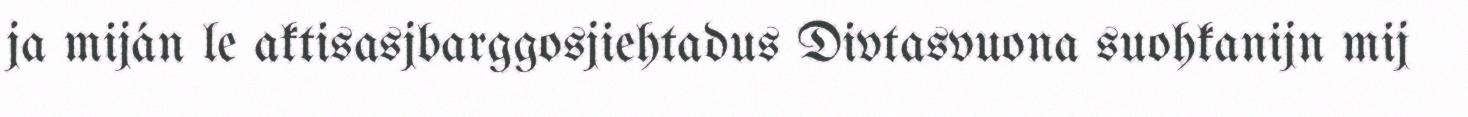
ja miján le aktisasjbarggosjiehtadus Divtasvuona suohkanijn mij